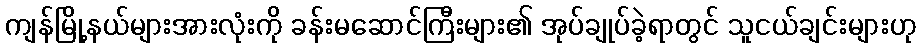
ကျန်မြို့နယ်များအားလုံးကို ခန်းမဆောင်ကြီးများ၏ အုပ်ချုပ်ခဲ့ရာတွင် သူငယ်ချင်းများဟု